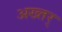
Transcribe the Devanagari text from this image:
अख्तर्